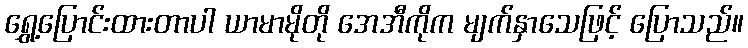
ရွှေ့ပြောင်းထားတာပါ ယာမာမိုတို အေအီကိုက မျက်နှာသေဖြင့် ပြောသည်။